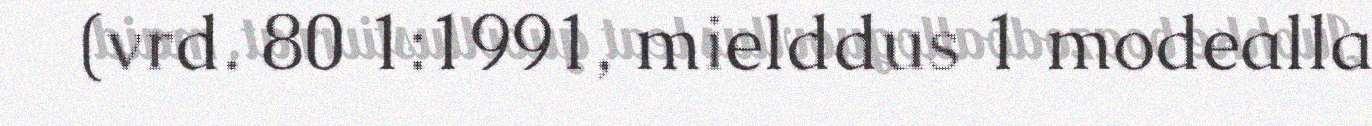
(vrd. 80 1:1991, mielddus 1 modealla